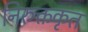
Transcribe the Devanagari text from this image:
निरुक्तकृत